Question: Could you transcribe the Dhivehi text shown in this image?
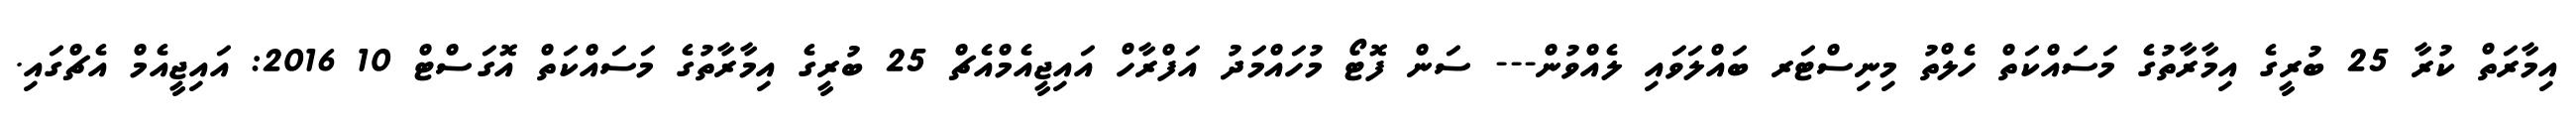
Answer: އިމާރަތް ކުރާ 25 ބުރީގެ އިމާރާތުގެ މަސައްކަތް ހެލްތު މިނިސްޓަރ ބައްލަވައި ލެއްވުން--- ސަން ފޮޓޯ މުހައްމަދު އަފްރާހް އައިޖީއެމްއެޗް 25 ބުރީގެ އިމާރާތުގެ މަސައްކަތް އޮގަސްޓް 10 2016: އައިޖީއެމް އެޗްގައި.